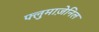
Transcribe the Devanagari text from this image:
फ्लुमाज़ेनिल